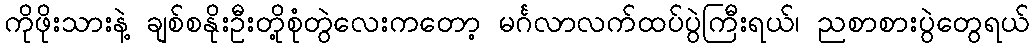
ကိုဖိုးသားနဲ့ ချစ်စနိုးဦးတို့စုံတွဲလေးကတော့ မင်္ဂလာလက်ထပ်ပွဲကြီးရယ်၊ ညစာစားပွဲတွေရယ်